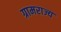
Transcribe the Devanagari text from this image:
ग्रामराज्य